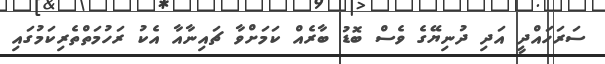
ސަރަހައްދީ އަދި ދުނިޔޭގެ ވެސް ބޮޑު ބާރެއް ކަމަށްވާ ޗައިނާއާ އެކު ރަހުމަތްތެރިކަމުގައި